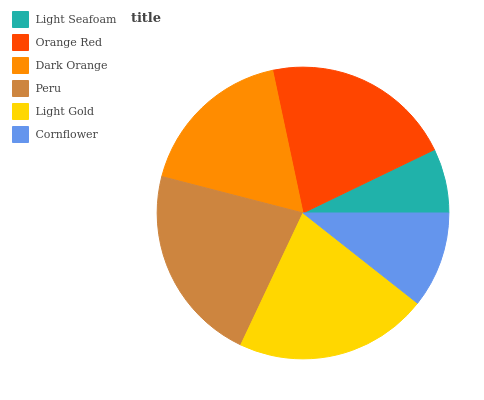
| Light Seafoam | Orange Red | Dark Orange | Peru | Light Gold | Cornflower |
 | --- | --- | --- | --- | --- | --- |
 | 7.15% | 21.2% | 17.7% | 22% | 21.4% | 10.6% |